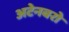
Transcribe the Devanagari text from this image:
अटेनबरो